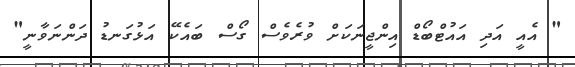
" އެއީ އަދި އައުޓްބޯޑް އިންޖީނަކަށް ވުރެވެސް ގޯސް ބައެކޭ އަޅުގަނޑު ދަންނަވާނީ"